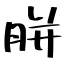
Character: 胼